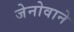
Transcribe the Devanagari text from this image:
जेनोवाने